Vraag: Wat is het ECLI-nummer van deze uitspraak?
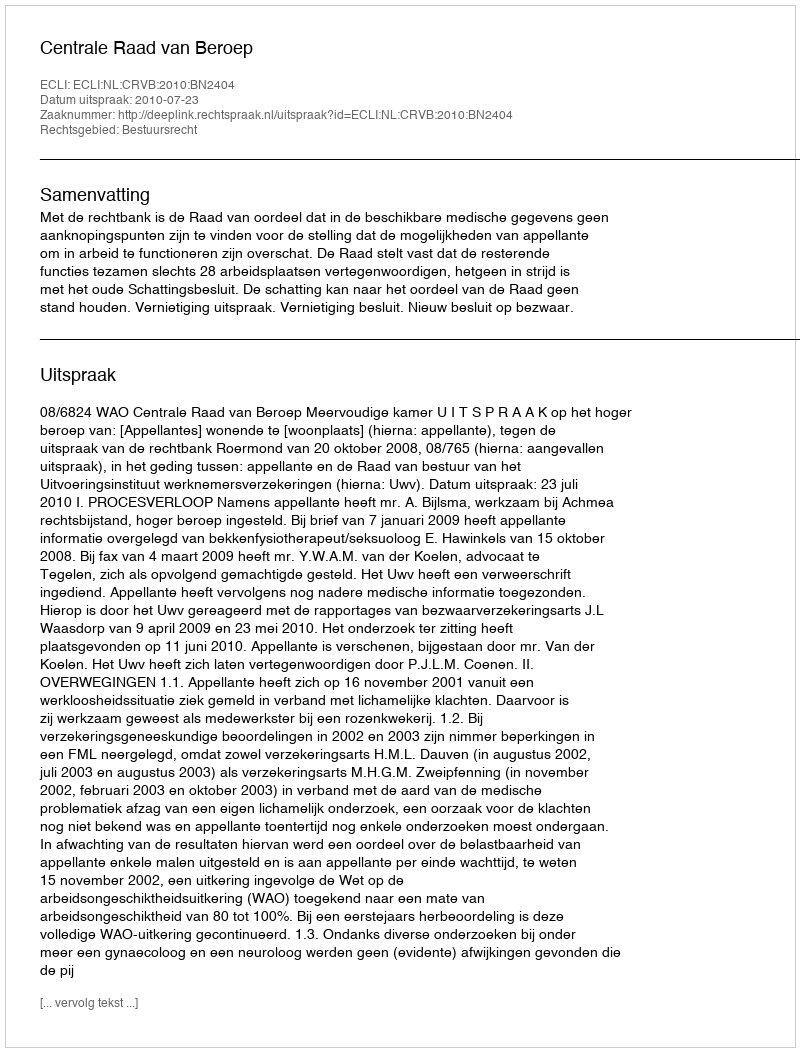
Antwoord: ECLI:NL:CRVB:2010:BN2404